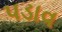
પડાવ